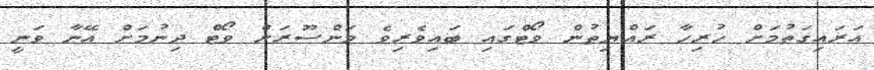
އަރައިގަތުމަށް ހުރިހާ ރައްޔިތުން ވޯޓްގައި ބައިވެރިވެ މަންސޫރަށް ވޯޓް ދިނުމަށް އޭނާ ވަނީ